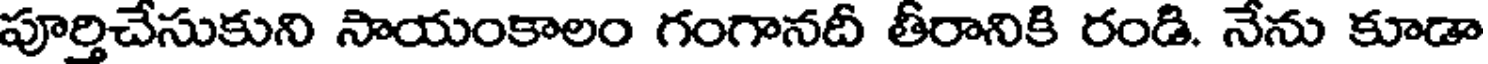
పూర్తిచేసుకుని సాయంకాలం గంగానదీ తీరానికి రండి. నేను కూడా